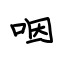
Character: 咽